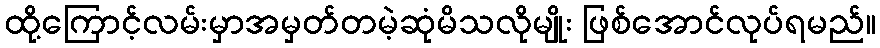
ထို့ကြောင့်လမ်းမှာအမှတ်တမဲ့ဆုံမိသလိုမျိုး ဖြစ်အောင်လုပ်ရမည်။